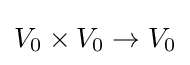
V_{0}\times V_{0}\to V_{0}